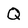
Character: Q